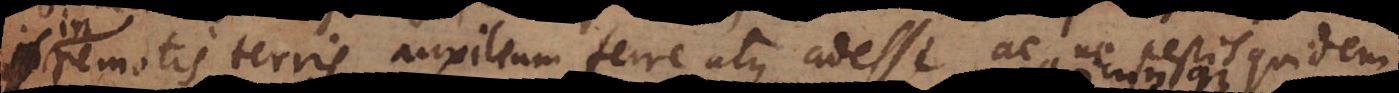
remotis terris auxilium ferre atque adesse, ac ne pestis quidem